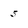
Character: 5